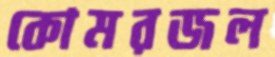
কোমরজল